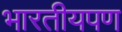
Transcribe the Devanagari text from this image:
भारतीयपण